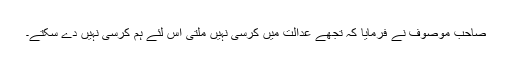
صاحب موصوف نے فرمایا کہ تجھے عدالت میں کرسی نہیں ملتی اس لئے ہم کرسی نہیں دے سکتے۔